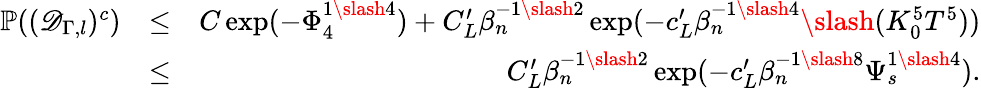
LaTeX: \begin{array}{rlr}{\mathbb{P}((\mathscr{D}_{\Gamma,l})^{c})}&{\leq}&{C\exp(-\Phi_{4}^{1\slash 4})+C_{L}^{\prime}\beta_{n}^{-1\slash 2}\exp(-c_{L}^{\prime}\beta_{n}^{-1\slash 4}\slash(K_{0}^{5}T^{5}))}\\ &{\leq}&{C_{L}^{\prime}\beta_{n}^{-1\slash 2}\exp(-c_{L}^{\prime}\beta_{n}^{-1\slash 8}\Psi_{s}^{1\slash 4}).}\end{array}